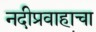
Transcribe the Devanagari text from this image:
नदीप्रवाहाचा